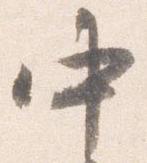
中